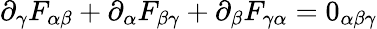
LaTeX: \partial_{\gamma}F_{\alpha\beta}+\partial_{\alpha}F_{\beta\gamma}+\partial_{\beta}F_{\gamma\alpha}=0_{\alpha\beta\gamma}